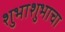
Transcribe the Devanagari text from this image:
शुभाशुभाचा